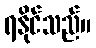
ရနိုင်သည်။